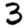
Digit: 3